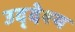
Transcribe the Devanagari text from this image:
उद्‌देश्‍य